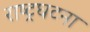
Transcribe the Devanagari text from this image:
राष्ट्रघटना